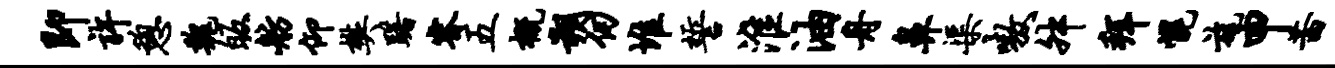
即许憩魏皈舫仰樊躇睿五概朔仞堆誓淮油舟鼻渠嗷舛拜幌旄申茜